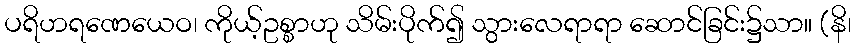
ပရိဟရဏေယေဝ၊ ကိုယ့်ဥစ္စာဟု သိမ်းပိုက်၍ သွားလေရာရာ ဆောင်ခြင်း၌သာ။ (နိ၊